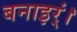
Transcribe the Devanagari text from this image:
बनाइर्ं।